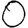
Digit: 0